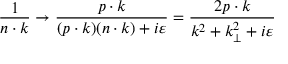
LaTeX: { \frac { 1 } { n \cdot k } } \rightarrow { \frac { p \cdot k } { ( p \cdot k ) ( n \cdot k ) + i \varepsilon } } = { \frac { 2 p \cdot k } { k ^ { 2 } + k _ { \perp } ^ { 2 } + i \varepsilon } }